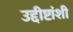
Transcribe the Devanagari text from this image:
उद्दीष्टांशी